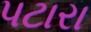
પટારા